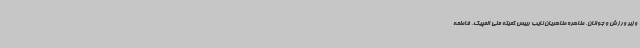
وزیر ورزش و جوانان، طاهره طاهریان نایب رییس کمیته ملی المپیک، فاطمه